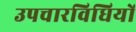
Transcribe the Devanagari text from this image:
उपचारविधियों